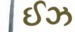
ઈઝ